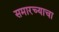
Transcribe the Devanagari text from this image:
समारच्याचा